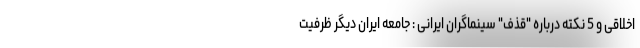
اخلاقی و 5 نکته درباره "قذف" سینماگران ایرانی : جامعه ایران دیگر ظرفیت